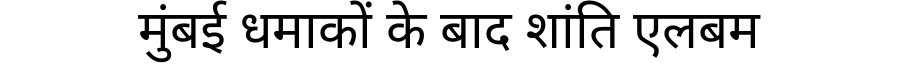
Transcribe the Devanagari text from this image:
मुंबई धमाकों के बाद शांति एलबम